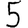
Digit: 5